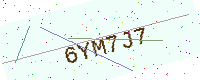
Text: 6YM7J7